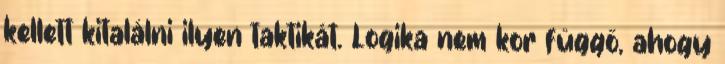
kellett kitalálni ilyen taktikát. Logika nem kor függő, ahogy